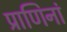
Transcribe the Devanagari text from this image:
प्राणिनां